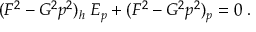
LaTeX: ( F ^ { 2 } - G ^ { 2 } p ^ { 2 } ) _ { h } \; E _ { p } + ( F ^ { 2 } - G ^ { 2 } p ^ { 2 } ) _ { p } = 0 \; .